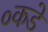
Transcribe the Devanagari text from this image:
०कडे